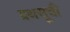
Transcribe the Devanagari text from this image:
ग्रथसूची